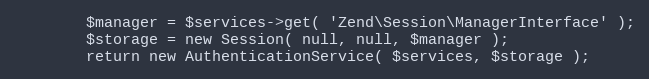
Language: PHP
        $manager = $services->get( 'Zend\Session\ManagerInterface' );
        $storage = new Session( null, null, $manager );
        return new AuthenticationService( $services, $storage );